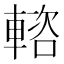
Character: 𨍢